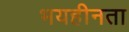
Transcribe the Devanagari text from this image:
भयहीनता